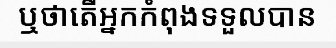
ឬថាតើអ្នកកំពុងទទួលបាន